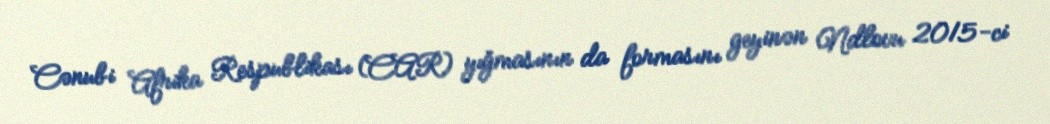
Cənubi Afrika Respublikası (CAR) yığmasının da formasını geyinən Ndlovu 2015-ci